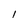
Character: 1